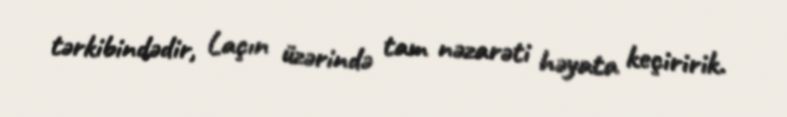
tərkibindədir, Laçın üzərində tam nəzarəti həyata keçiririk.